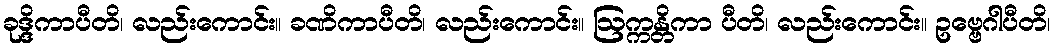
ခုဒ္ဒိကာပီတိ၊ လည်းကောင်း။ ခဏိကာပီတိ၊ လည်းကောင်း။ ဩက္ကန္တိကာ ပီတိ၊ လည်းကောင်း။ ဥဗ္ဗေဂါပီတိ၊